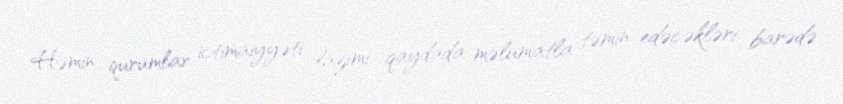
Həmin qurumlar ictimaiyyəti lazımi qaydada məlumatla təmin edəcəkləri barədə